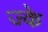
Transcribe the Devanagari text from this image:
ज्के